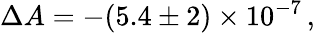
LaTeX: \Delta A=-(5.4\pm 2)\times 10^{-7}\, ,